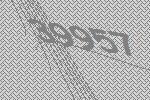
39957